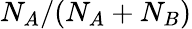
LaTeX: N_{A}/(N_{A}+N_{B})